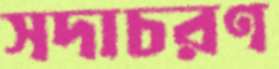
সদাচরণ